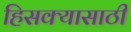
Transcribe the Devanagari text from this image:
हिसक्यासाठी